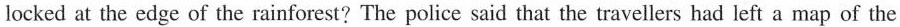
locked at the edge of the rainforest? The police said that the travellers had left a map of the